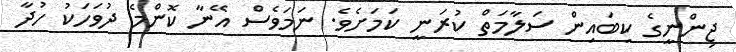
ޖިންނީގެ ކިބައިން ސަލާމަތް ކުރަނީ ކަމަށެވެ. ނަމަވެސް އޭނާ ކޮންމެ ދުވަހަކު ހުދާ